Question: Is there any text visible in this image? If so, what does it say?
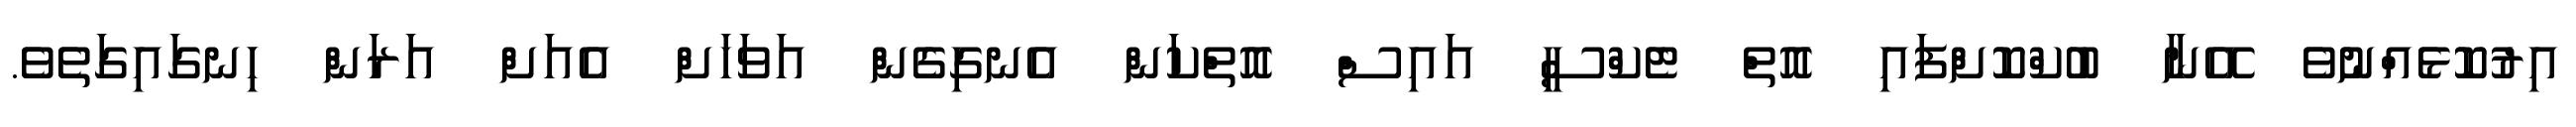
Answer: އިރުކޮޅެއްނުވެ އޭނާ ބުކްކޮށްފައި އޮތް ޓެކްސީ އައިސް އޮތްކަން އެނގިގެން އަވަހަށް އެއަށް އަރަން ހިނގައިގަތެވެ.